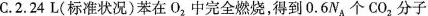
C.2.24L(标准状况)苯在O_{2}中完全燃烧，得到0.6N_{A}个CO_{2}分子